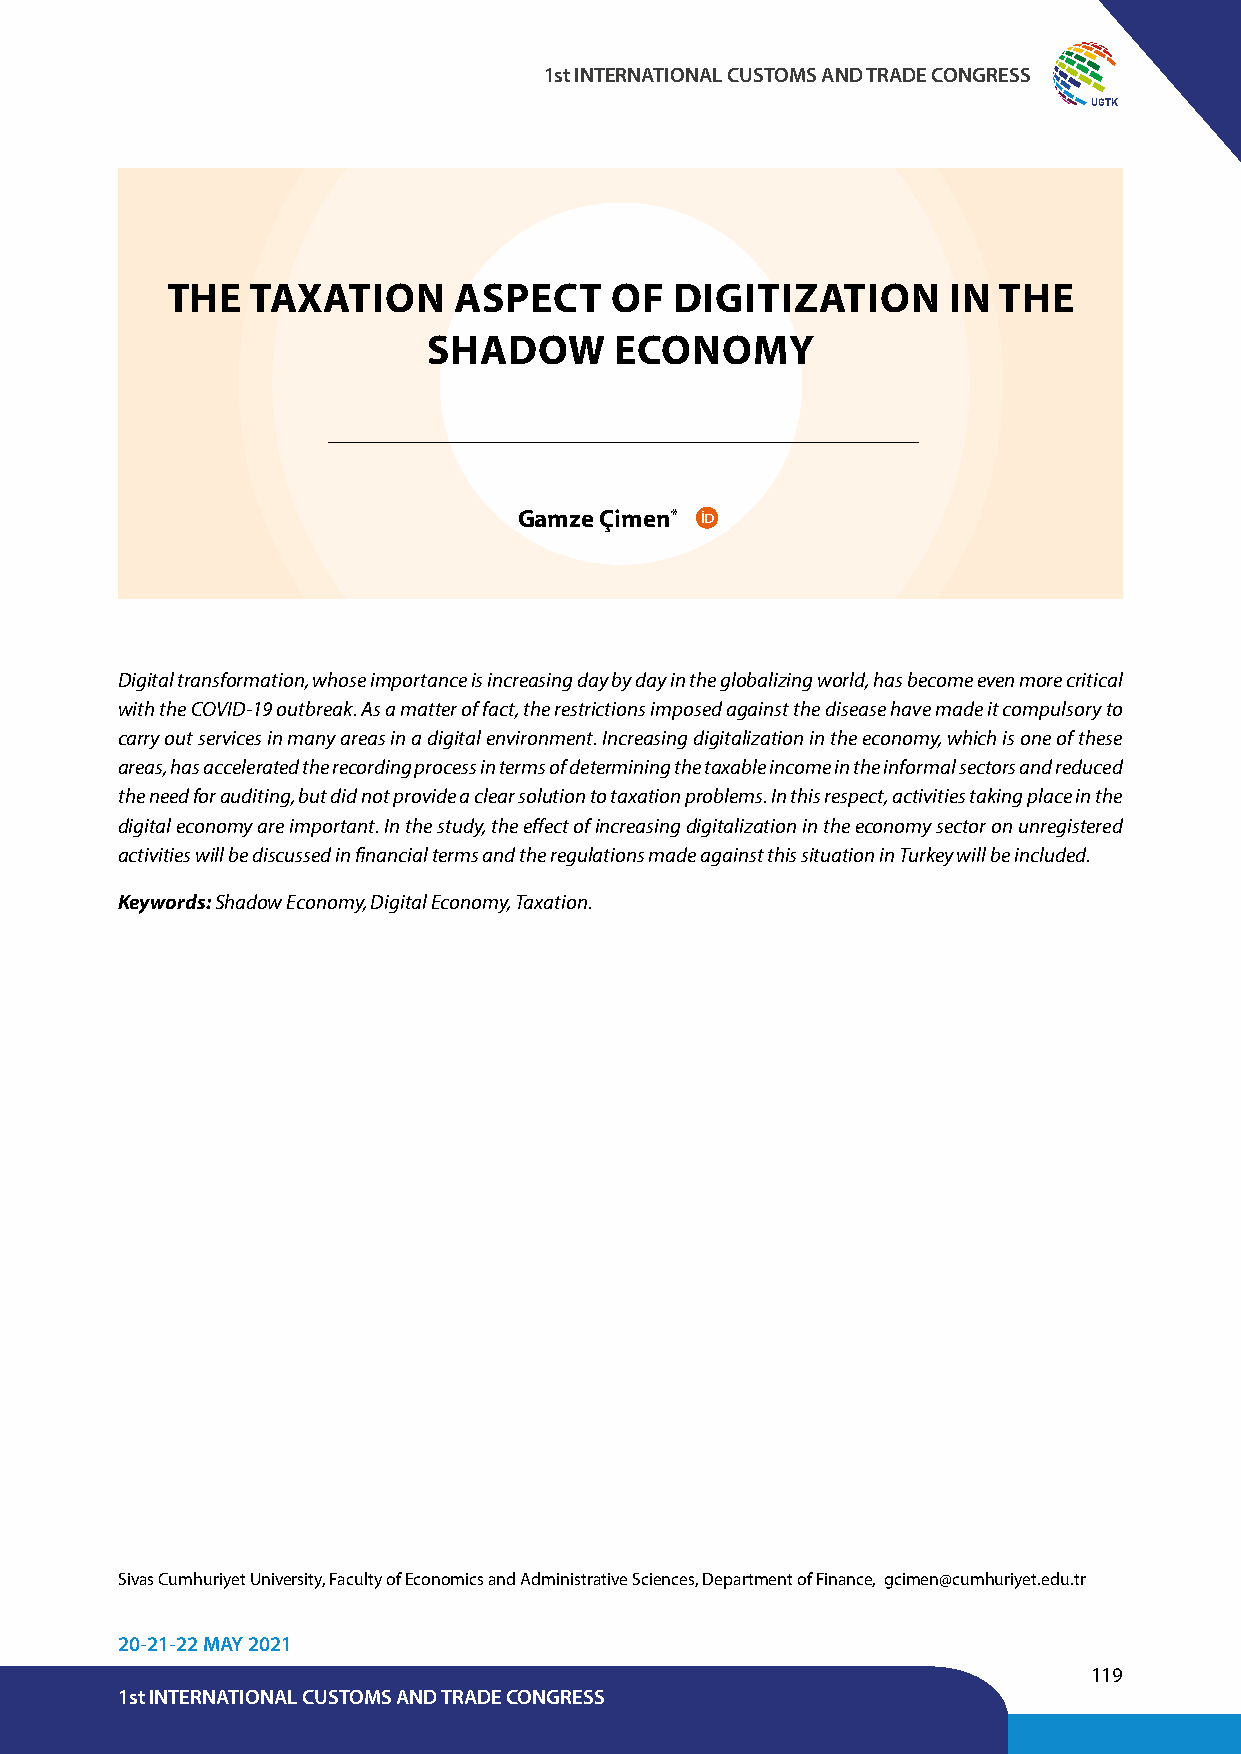
1st INTERNATIONAL CUSTOMS AND TRADE CONGRESS
 UGTK
 THE   TAXATION     ASPECT    OF   DIGITIZATION      IN THE
 SHADOW       ECONOMY
 Gamze Çimen*
 Digital transformation, whose importance is increasing day by day in the globalizing world, has become even more critical
 with the COVID-19 outbreak. As a matter of fact, the restrictions imposed against the disease have made it compulsory to
 carry out services in many areas in a digital environment. Increasing digitalization in the economy, which is one of these
 areas, has accelerated the recording process in terms of determining the taxable income in the informal sectors and reduced
 the need for auditing, but did not provide a clear solution to taxation problems. In this respect, activities taking place in the
 digital economy are important. In the study, the effect of increasing digitalization in the economy sector on unregistered
 activities will be discussed in financial terms and the regulations made against this situation in Turkey will be included.
 Keywords: Shadow Economy, Digital Economy, Taxation.
 Sivas Cumhuriyet University, Faculty of Economics and Administrative Sciences, Department of Finance, gcimen@cumhuriyet.edu.tr
 20-21-22 MAY 2021
 119
 1st INTERNATIONAL CUSTOMS AND TRADE CONGRESS